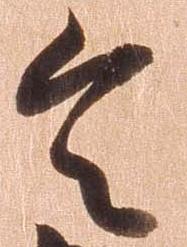
令